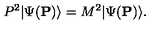
P ^ { 2 } | \Psi ( { \bf P } ) \rangle = M ^ { 2 } | \Psi ( { \bf P } ) \rangle .